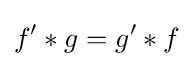
f^{\prime }\ast g=g^{\prime }\ast f